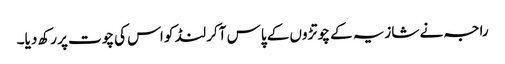
راجہ نے شازیہ کے چوتڑوں کے پاس آکر لنڈ کو اس کی چوت پر رکھ دیا۔